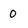
Character: 0